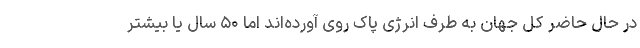
در حال حاضر کل جهان به طرف انرژی پاک روی آورده‌اند اما ۵۰ سال یا بیشتر